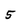
Character: 5